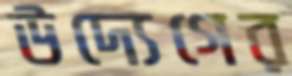
উদ্যেগের